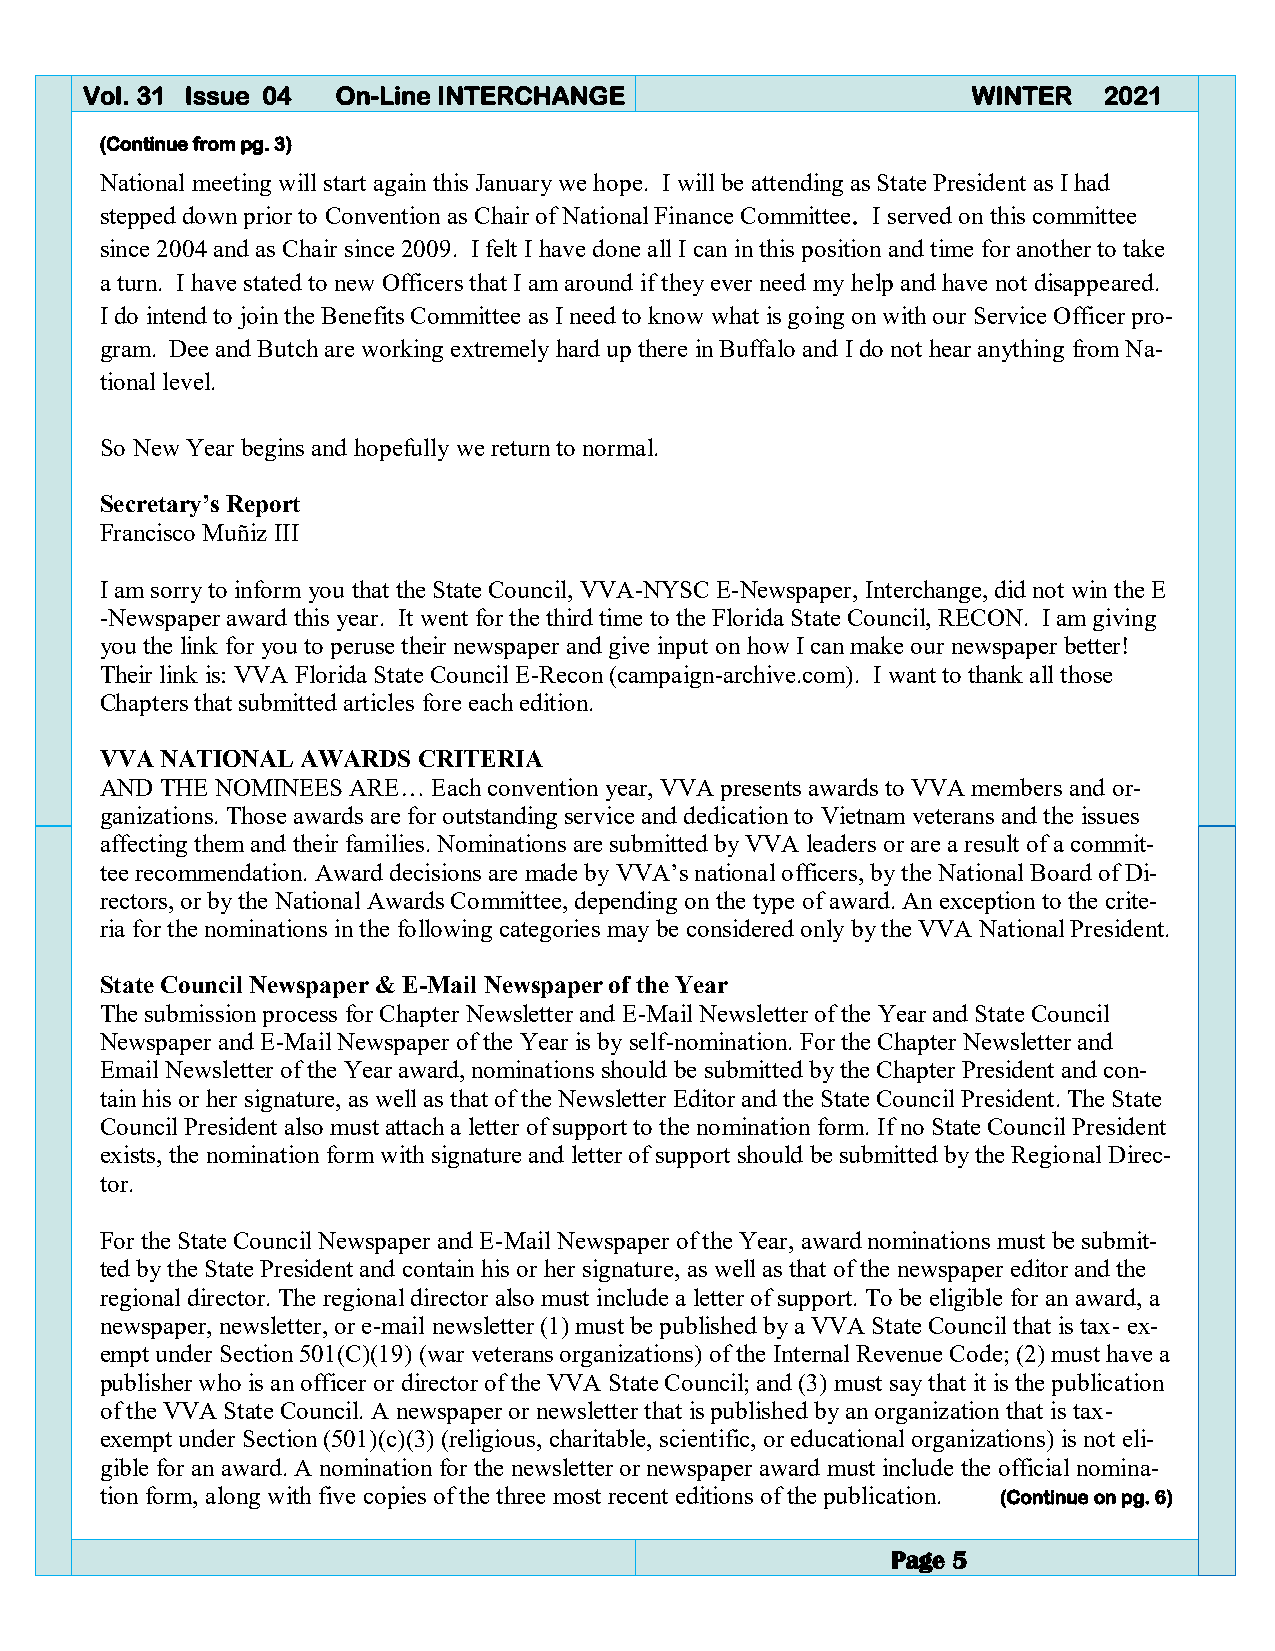
Vol. 31 Issue 04 On-Line INTERCHANGE                       WINTER   2021
 (Continue from pg. 3)
 National meeting will start again this January we hope. I will be attending as State President as I had
 stepped down prior to Convention as Chair of National Finance Committee. I served on this committee
 since 2004 and as Chair since 2009. I felt I have done all I can in this position and time for another to take
 a turn. I have stated to new Officers that I am around if they ever need my help and have not disappeared.
 I do intend to join the Benefits Committee as I need to know what is going on with our Service Officer pro-
 gram. Dee and Butch are working extremely hard up there in Buffalo and I do not hear anything from Na-
 tional level.
 So New Year begins and hopefully we return to normal.
 Secretary’s Report
 Francisco Muñiz III
 I am sorry to inform you that the State Council, VVA-NYSC E-Newspaper, Interchange, did not win the E
 -Newspaper award this year. It went for the third time to the Florida State Council, RECON. I am giving
 you the link for you to peruse their newspaper and give input on how I can make our newspaper better!
 Their link is: VVA Florida State Council E-Recon (campaign-archive.com). I want to thank all those
 Chapters that submitted articles fore each edition.
 VVA NATIONAL AWARDS  CRITERIA
 AND THE NOMINEES ARE… Each convention year, VVA presents awards to VVA members and or-
 ganizations. Those awards are for outstanding service and dedication to Vietnam veterans and the issues
 affecting them and their families. Nominations are submitted by VVA leaders or are a result of a commit-
 tee recommendation. Award decisions are made by VVA’s national officers, by the National Board of Di-
 rectors, or by the National Awards Committee, depending on the type of award. An exception to the crite-
 ria for the nominations in the following categories may be considered only by the VVA National President.
 State Council Newspaper & E-Mail Newspaper of the Year
 The submission process for Chapter Newsletter and E-Mail Newsletter of the Year and State Council
 Newspaper and E-Mail Newspaper of the Year is by self-nomination. For the Chapter Newsletter and
 Email Newsletter of the Year award, nominations should be submitted by the Chapter President and con-
 tain his or her signature, as well as that of the Newsletter Editor and the State Council President. The State
 Council President also must attach a letter of support to the nomination form. If no State Council President
 exists, the nomination form with signature and letter of support should be submitted by the Regional Direc-
 tor.
 For the State Council Newspaper and E-Mail Newspaper of the Year, award nominations must be submit-
 ted by the State President and contain his or her signature, as well as that of the newspaper editor and the
 regional director. The regional director also must include a letter of support. To be eligible for an award, a
 newspaper, newsletter, or e-mail newsletter (1) must be published by a VVA State Council that is tax- ex-
 empt under Section 501(C)(19) (war veterans organizations) of the Internal Revenue Code; (2) must have a
 publisher who is an officer or director of the VVA State Council; and (3) must say that it is the publication
 of the VVA State Council. A newspaper or newsletter that is published by an organization that is tax-
 exempt under Section (501)(c)(3) (religious, charitable, scientific, or educational organizations) is not eli-
 gible for an award. A nomination for the newsletter or newspaper award must include the official nomina-
 tion form, along with five copies of the three most recent editions of the publication. (Continue on pg. 6)
 Page 5